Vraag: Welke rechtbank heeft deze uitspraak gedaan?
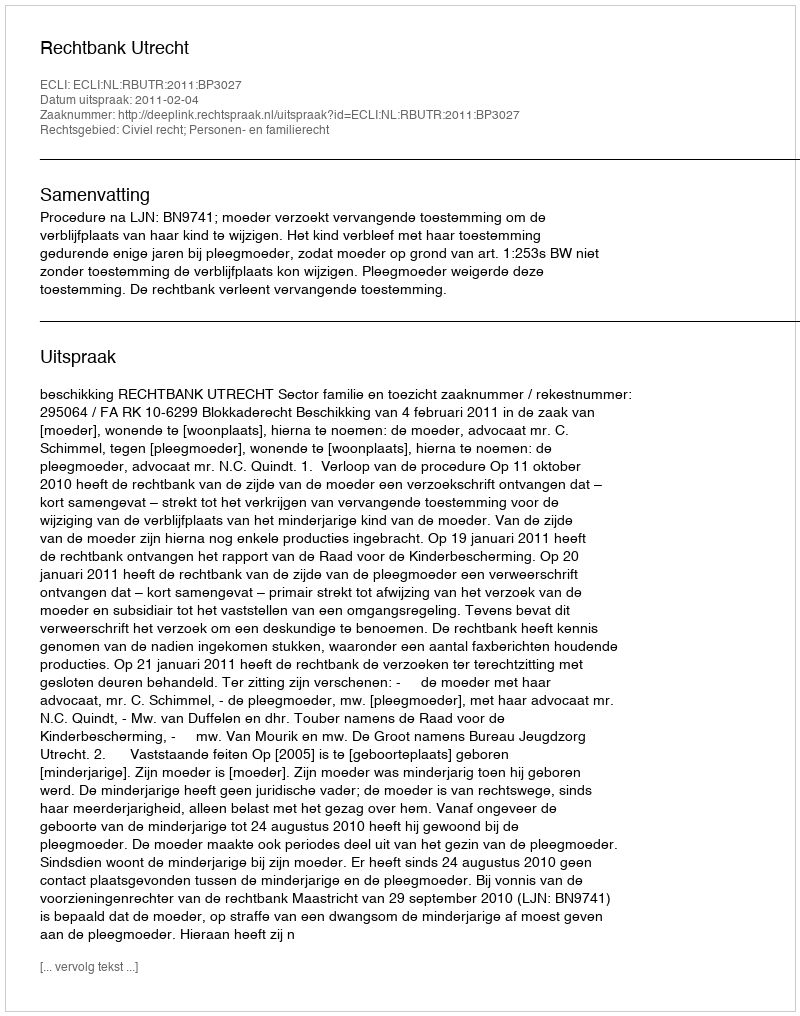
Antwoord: Rechtbank Utrecht